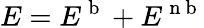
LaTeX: E=E^{\mathrm{~b~}}+E^{\mathrm{~n~b~}}